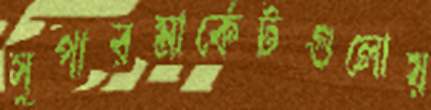
সুপারমার্কেটগুলোয়